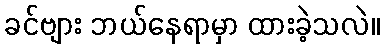
ခင်ဗျား ဘယ်နေရာမှာ ထားခဲ့သလဲ။